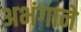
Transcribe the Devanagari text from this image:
अभंगाने